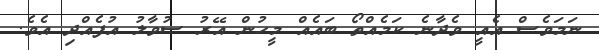
ނަމަވެސް އެއީ ވެދާނެ ކަމެއްތޯ ބައެއް މީހުން އޭރު ސުވާލު އުފެއްދި އެވެ.